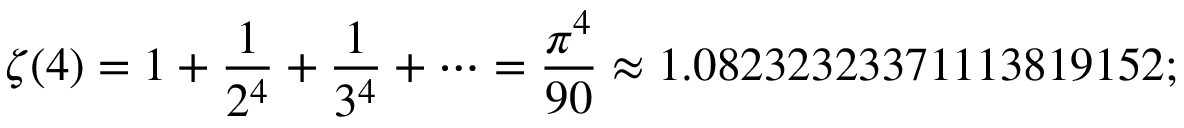
\zeta ( 4 ) = 1 + { \frac { 1 } { 2 ^ { 4 } } } + { \frac { 1 } { 3 ^ { 4 } } } + \cdots = { \frac { \pi ^ { 4 } } { 9 0 } } \approx 1 . 0 8 2 3 2 3 2 3 3 7 1 1 1 3 8 1 9 1 5 2 ;